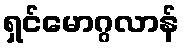
ရှင်မောဂ္ဂလာန်